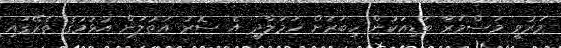
މަރުވީ މަސްމަރާ ބަޑިއަކުން ހިބަރަށް ހަމަލާދީ އެ ސޮރު އަތުލަން އުޅުމުގެ ތެރޭގައި